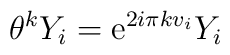
\theta^k Y_i  = {\rm e}^{2i\pi kv_i}Y_i